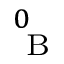
_ \mathrm { ~ B ~ } ^ { 0 }